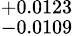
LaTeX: ^{+0.0123}_{-0.0109}